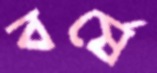
বর্ষে